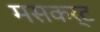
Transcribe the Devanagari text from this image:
मसकर्ट